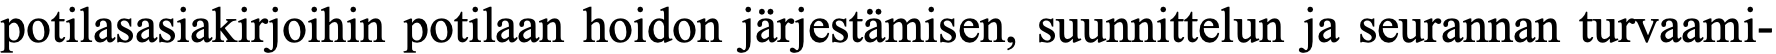
potilasasiakirjoihin potilaan hoidon järjestämisen, suunnittelun ja seurannan turvaami-